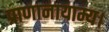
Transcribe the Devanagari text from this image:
प्राणानायाम्य।